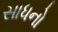
સાધનો